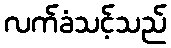
လက်ခံသင့်သည်